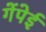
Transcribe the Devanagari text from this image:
गेंपेई